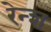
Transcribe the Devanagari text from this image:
रेन्श